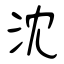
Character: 沈